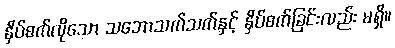
နှိပ်စက်လိုသော သဘောသက်သက်နှင့် နှိပ်စက်ခြင်းလည်း မရှိ။